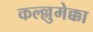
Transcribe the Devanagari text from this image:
कल्ल्लुमेक्का